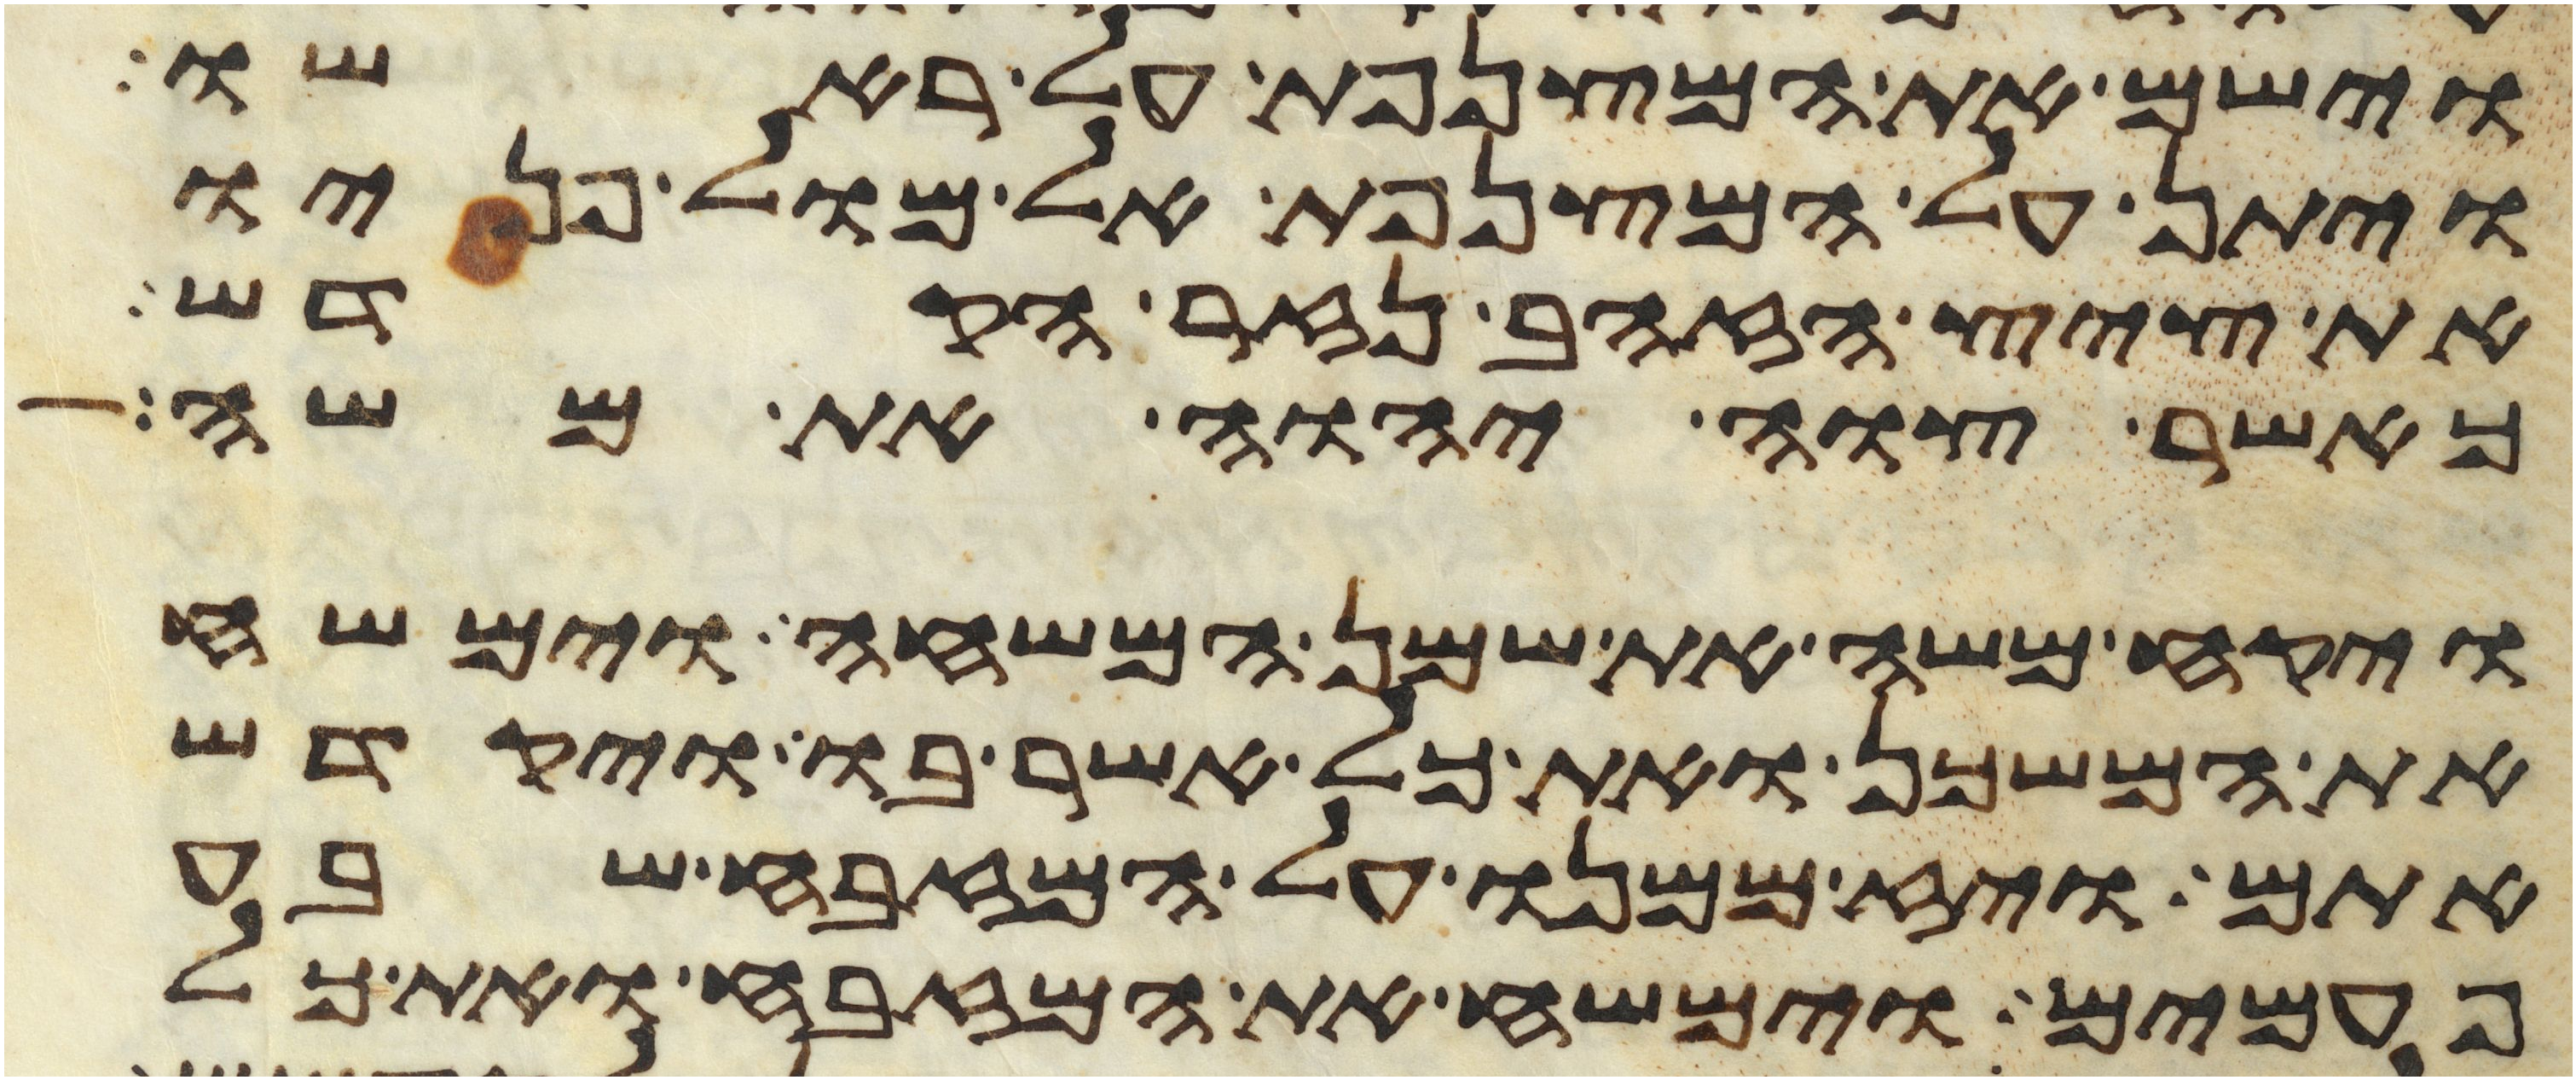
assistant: וישם את המצנפת על ראשו
ויתן על המצנפת אל מול פניו
את ציץ הזהב נזר הקדש
כאשר צוה יהוה את משה
ויקח משה את שמן המשחה וימשח
את המשכן ואת כל אשר בו ויקדש
אתם ויז ממנו על המזבח שבע
פעמים וימשח את המזבח ואת כל